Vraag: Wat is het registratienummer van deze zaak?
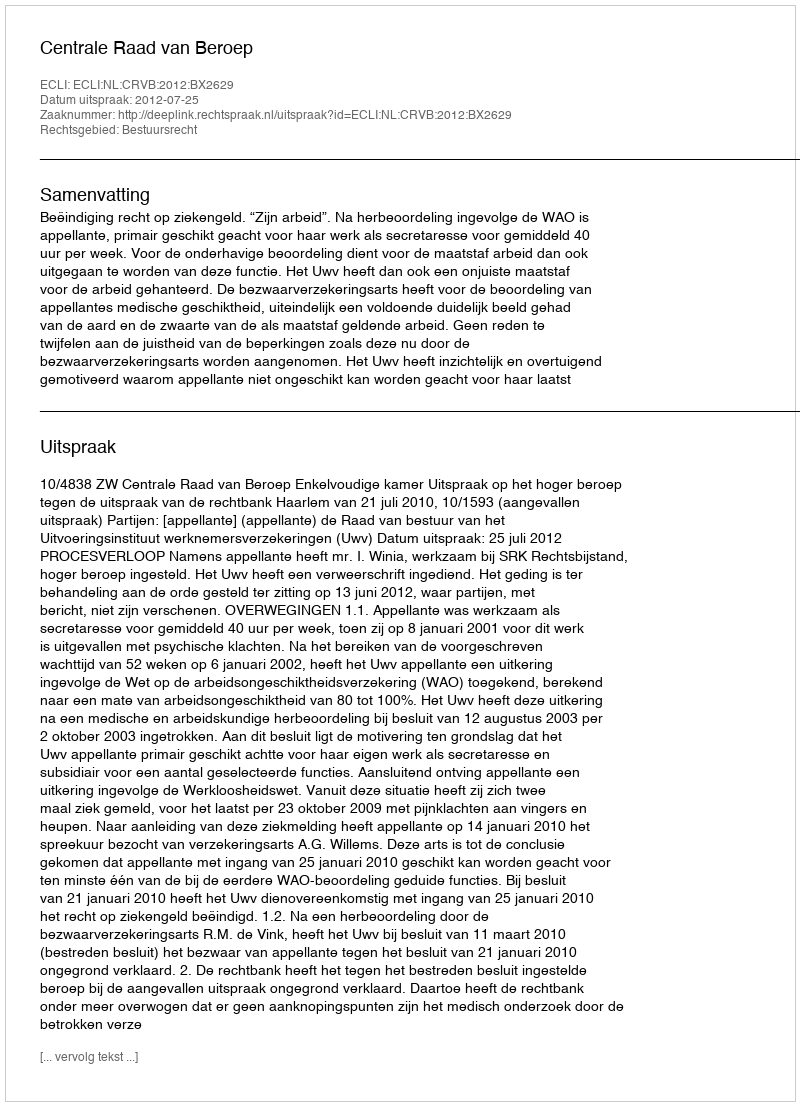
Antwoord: http://deeplink.rechtspraak.nl/uitspraak?id=ECLI:NL:CRVB:2012:BX2629